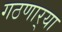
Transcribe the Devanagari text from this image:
गठणार्‍या